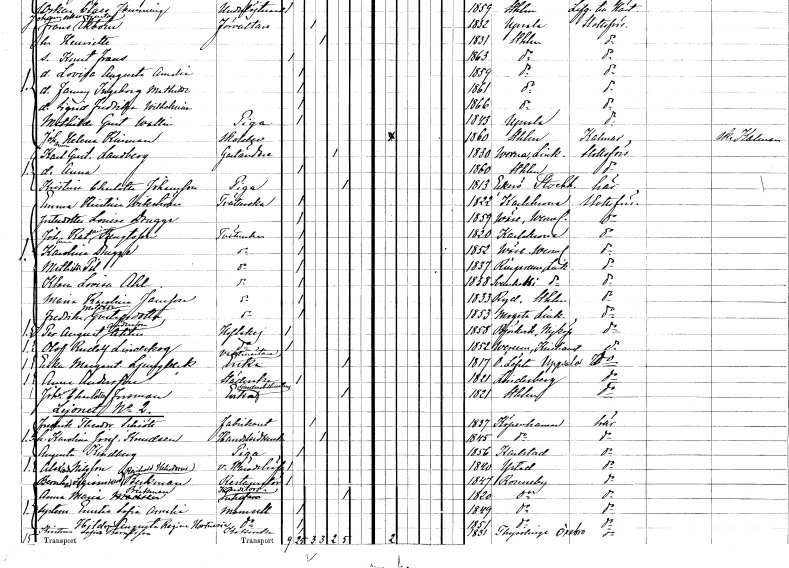
gt_parse: households: individuals: FN: Karl Gustaf
EN: Landberg
YRKE: Gaständare
KON: M
CIV: E
FODAR: 1830
FODFORS: Värna Östergötlands län
FN: Anna
KON: K
CIV: O
FODAR: 1860
FODFORS: Stockholm
FN: Kristina Charlotta
EN: Johansson
YRKE: Piga
KON: K
CIV: E
FODAR: 1813
FODFORS: Ekerö Stockholms län
FN: Emma Kristina
EN: Wikström
YRKE: Tvätterska
KON: K
CIV: O
FODAR: 1822
FODFORS: Karlskrona Blekinge län
FN: Louise
EN: Drugge
KON: K
CIV: O
FODAR: 1859
FODFORS: Väse Värmlands län
FN: Johanna Katarina
EN: Bengtsson
YRKE: Tvätterska
KON: K
CIV: O
FODAR: 1820
FODFORS: Karlskrona Blekinge län
FN: Karolina
EN: Drugge
YRKE: Tvätterska
KON: K
CIV: O
FODAR: 1852
FODFORS: Väse Värmlands län
FN: Mathilda
EN: Pil
YRKE: Tvätterska
KON: K
CIV: O
FODAR: 1837
FODFORS: Ringarum Östergötlands län
FN: Klara Lovisa
EN: Ahl
YRKE: Tvätterska
KON: K
CIV: O
FODAR: 1838
FODFORS: Svanshals Östergötlands län
FN: Maria Karolina
EN: Jansson
YRKE: Tvätterska
KON: K
CIV: O
FODAR: 1833
FODFORS: Ryd Östergötlands län
FN: Fredrika Matilda
EN: Gustafsdotter
YRKE: Tvätterska
KON: K
CIV: O
FODAR: 1853
FODFORS: Mogata Östergötlands län
FN: Per August
EN: Andersson Ahlin
YRKE: Hovlakej
KON: M
CIV: O
FODAR: 1858
FODFORS: Björkvik Södermanlands län
FN: Olof Rudolf
EN: Lindskog
YRKE: Hovlakej
KON: M
CIV: O
FODAR: 1852
FODFORS: Verum Kristianstads län
FN: Erika Margareta
EN: Ljungbeck
YRKE: Vaktmästareänka
KON: K
CIV: E
FODAR: 1817
FODFORS: Österlövsta Uppsala län
FN: Anna
EN: Andersson
YRKE: Städerska
KON: K
CIV: O
FODAR: 1821
FODFORS: Lindesberg Örebro län
FN: Johanna Charlotta
EN: Forsman
YRKE: Garderobieresänka
KON: K
CIV: E
FODAR: 1821
FODFORS: Stockholm
FN: Fredrik Theodor
EN: Schiött
YRKE: Fabrikant
KON: M
CIV: G
FODAR: 1837
FN: Karolina Josefina
EN: Knudsen
YRKE: Handelsidkerska
KON: K
CIV: G
FODAR: 1845
FN: Augusta
EN: Kindberg
YRKE: Piga
KON: K
CIV: O
FODAR: 1856
FODFORS: Karlstad Värmlands län
FN: Alexander
EN: Nilsson
YRKE: Häradshövding vice
KON: M
CIV: O
FODAR: 1840
FODFORS: Ystad Malmöhus län
FN: Bernhard Sigismund Reinhold Heliodorus
EN: Beckman
YRKE: Restauratör
KON: M
CIV: O
FODAR: 1847
FODFORS: Ronneby Blekinge län
FN: Anna Maria
EN: Beckman
YRKE: Konditorsänka
KON: K
CIV: E
FODAR: 1820
FODFORS: Ronneby Blekinge län
FN: Emelia Sofia Amalia
KON: K
CIV: O
FODAR: 1849
FODFORS: Ronneby Blekinge län
FN: Hildegard Augusta Regina Hortensia
KON: K
CIV: O
FODAR: 1851
FODFORS: Ronneby Blekinge län
FN: Kristina Sofia
EN: Berntsson
YRKE: Kokerska
KON: K
CIV: O
FODAR: 1831
FODFORS: Tysslinge Örebro län